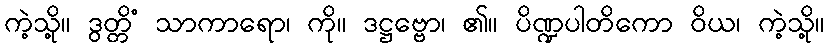
ကဲ့သို့။ ဒွတ္တိံ သာကာရော၊ ကို။ ဒဋ္ဌဗ္ဗော၊ ၏။ ပိဏ္ဍပါတိကော ဝိယ၊ ကဲ့သို့။